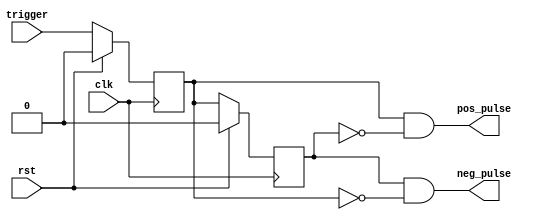
module fine_trigger_filter (input clk,
                            input rst,
                            input trigger,
                            output pos_pulse,
                            output neg_pulse);
							
    reg     trigger_n 	= 0;
    reg     trigger_2n 	= 0;
    
    /* Here you can know that these two sets of signals are delay signals for start and stop,
     with a delay of one or two clk_s cycle */
    always @(posedge clk)
    begin
        if (rst) begin
            trigger_n 	 <= 0;
            trigger_2n	 <= 0;
        end
        else begin
            trigger_n 	 <= trigger;
            trigger_2n	 <= trigger_n;
        end
    end
    
    assign pos_pulse = (trigger_n&(!trigger_2n));
    assign neg_pulse  = (trigger_2n&(!trigger_n));
    
endmodule